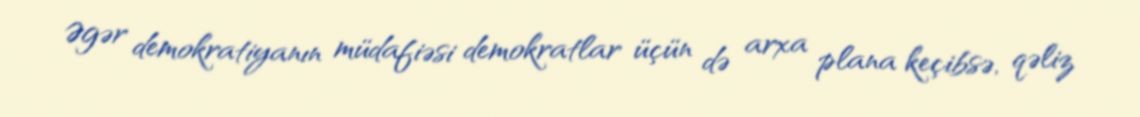
Əgər demokratiyanın müdafiəsi demokratlar üçün də arxa plana keçibsə, qəliz